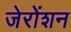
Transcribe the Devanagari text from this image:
जेरोंशन